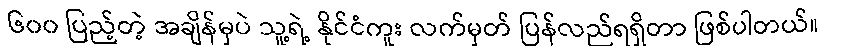
၆၀၀ ပြည့်တဲ့ အချိန်မှပဲ သူ့ရဲ့ နိုင်ငံကူး လက်မှတ် ပြန်လည်ရရှိတာ ဖြစ်ပါတယ်။